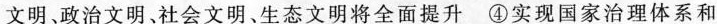
文明、政治文明、社会文明、生态文明将全面提升④实现国家治理体系和